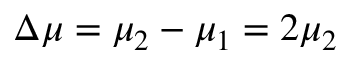
\Delta \mu = \mu _ { 2 } - \mu _ { 1 } = 2 \mu _ { 2 }